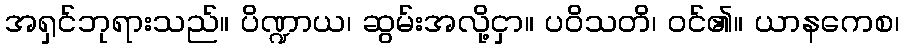
အရှင်ဘုရားသည်။ ပိဏ္ဍာယ၊ ဆွမ်းအလို့ငှာ။ ပဝိသတိ၊ ဝင်၏။ ယာနကေစ၊